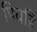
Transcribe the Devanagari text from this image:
पियहिं